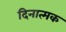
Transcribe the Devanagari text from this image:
दिनात्मक